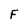
Character: F